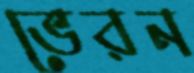
ভেরন